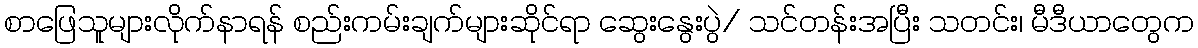
စာဖြေသူများလိုက်နာရန် စည်းကမ်းချက်များဆိုင်ရာ ဆွေးနွေးပွဲ/ သင်တန်းအပြီး သတင်း၊ မီဒီယာတွေက